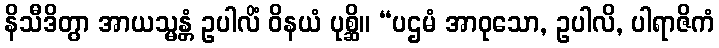
နိသီဒိတွာ အာယသ္မန္တံ ဥပါလိံ ဝိနယံ ပုစ္ဆိ။ “ပဌမံ အာဝုသော, ဥပါလိ, ပါရာဇိကံ